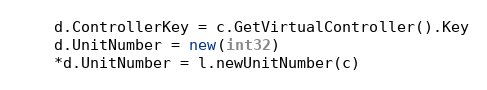
Language: Go
	d.ControllerKey = c.GetVirtualController().Key
	d.UnitNumber = new(int32)
	*d.UnitNumber = l.newUnitNumber(c)